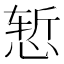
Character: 𰑧